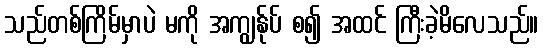
သည်တစ်ကြိမ်မှာပဲ မကို အကျွန်ုပ် စ၍ အထင် ကြီးခဲ့မိလေသည်။